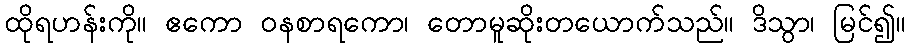
ထိုရဟန်းကို။ ဧကော ဝနစာရကော၊ တောမူဆိုးတယောက်သည်။ ဒိသွာ၊ မြင်၍။